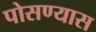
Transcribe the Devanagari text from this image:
पोसण्यास